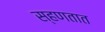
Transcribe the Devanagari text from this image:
स्हणतात